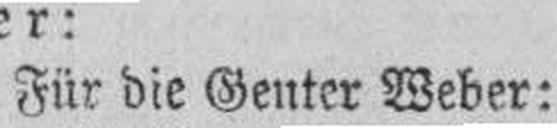
Für die Genter Weber: